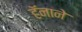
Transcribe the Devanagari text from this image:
हॅनाने